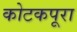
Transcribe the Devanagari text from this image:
कोटकपूरा